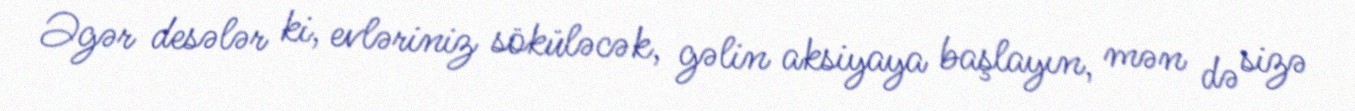
Əgər desələr ki, evləriniz söküləcək, gəlin aksiyaya başlayın, mən də sizə